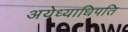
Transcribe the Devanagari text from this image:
अयेध्याधिपति